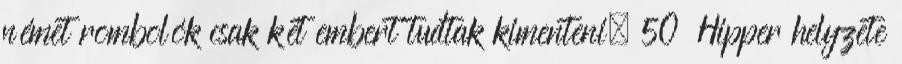
német rombolók csak két embert tudtak kimenteni. 50 Hipper helyzete